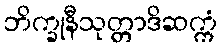
ဘိက္ခုနီသုတ္တာဒိဆက္ကံ